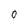
Character: 0